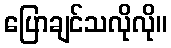
ပြောချင်သလိုလို။